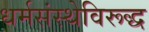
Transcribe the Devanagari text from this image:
धर्मसंस्थेविरूद्ध